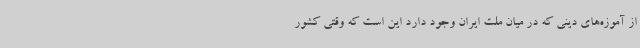
از آموزه‌های دینی که در میان ملت ایران وجود دارد این است که وقتی کشور